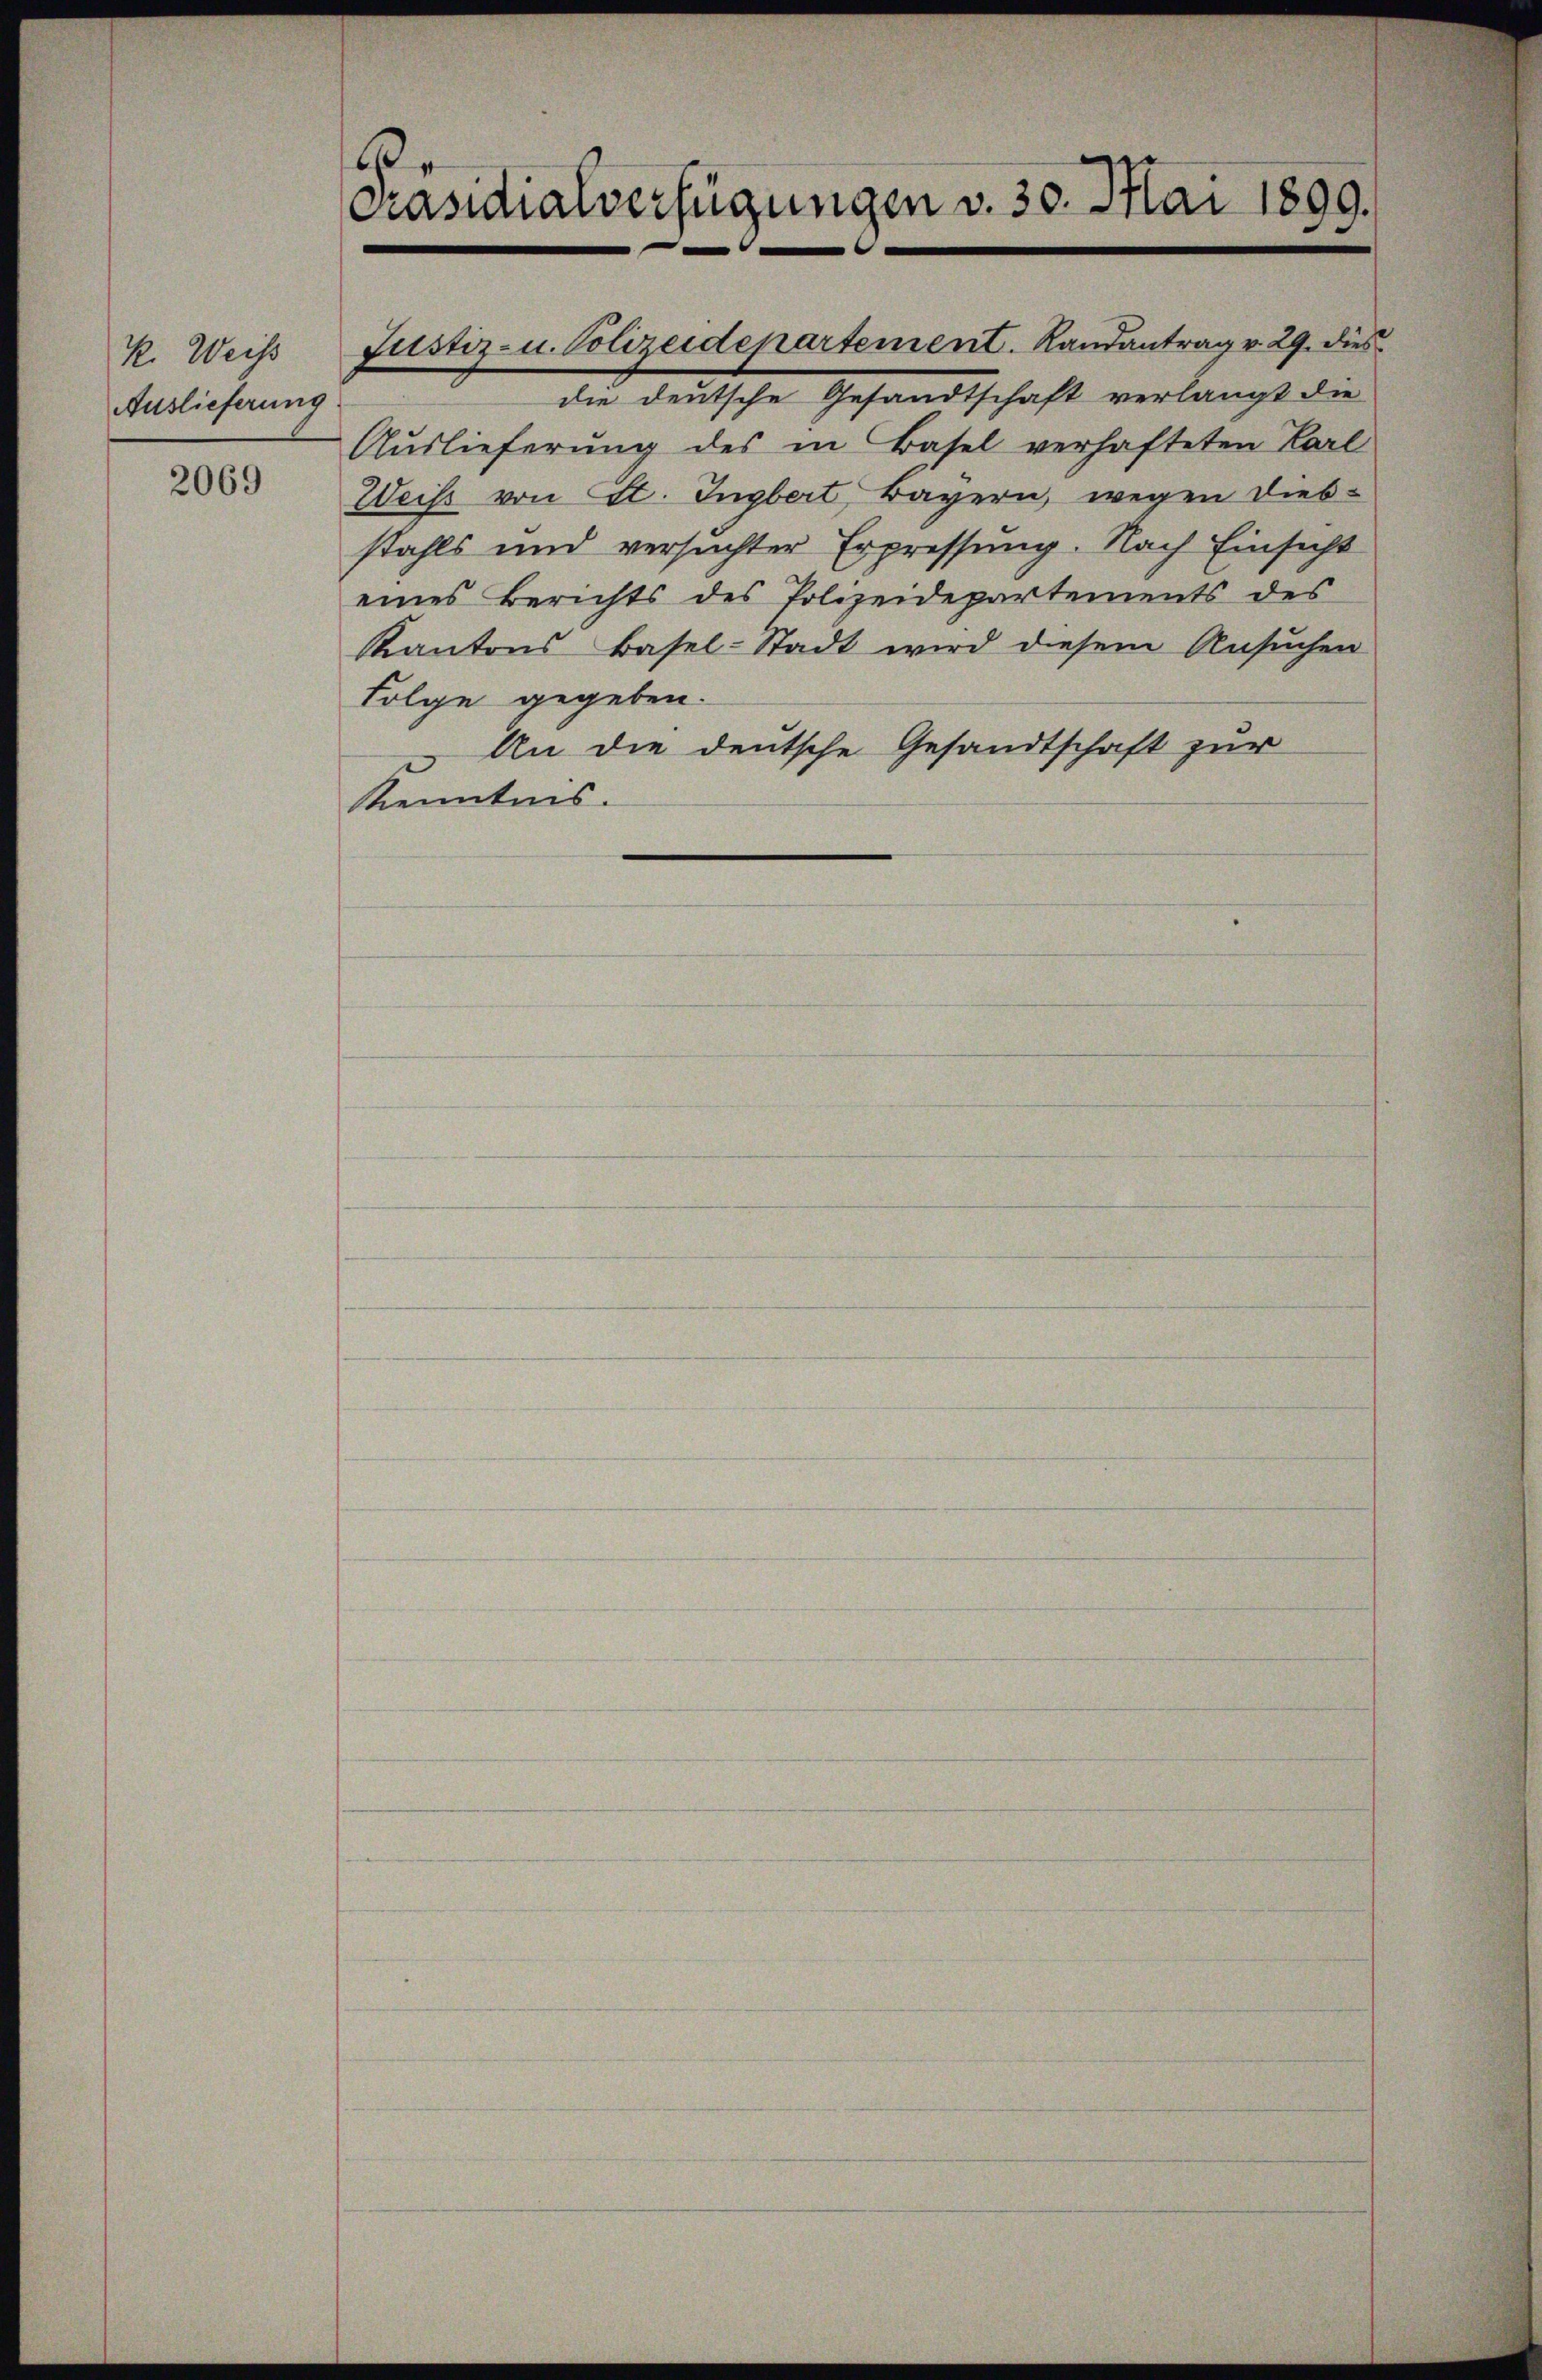
k. Weis
Auslieferung

2069

Folge gegeben.
An die deutsche Gesandtschaft zur
Kenntnis.

6
Präsidialverfügungen v. 30. Mai 1899.

Justiz- u. Polizeidepartement. Randantrag v. 29. dies

die deutsche Gesandtschaft verlangt die
Aŭslieferŭng des in Basel verhafteten Carl
Weiß von St. Ingbert Bayern, wegen diesstahls und versuchter Erpressung. Nach Einsicht
eines Berichts des Polizeidepartements des
Kantons Basel-Stadt wird diesem Ansuchen